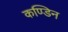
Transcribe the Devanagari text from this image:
कण्डिन